Investigations on Bengal jail dietaries - Number 37
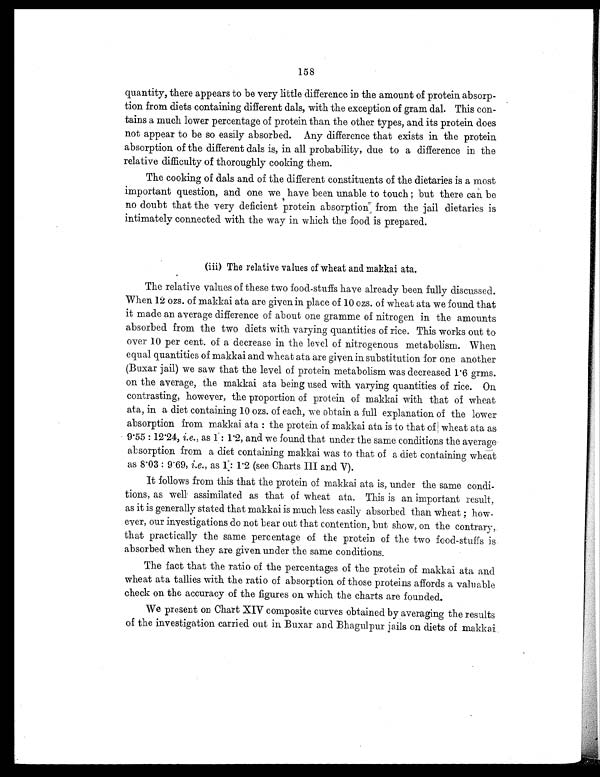
158
quantity, there appears to be very little difference in the amount of protein absorp-
tion from diets containing different dals, with the exception of gram dal. This con-
tains a much lower percentage of protein than the other types, and its protein does
not appear to be so easily absorbed. Any difference that exists in the protein
absorption of the different dals is, in all probability, due to a difference in the
relative difficulty of thoroughly cooking them.
The cooking of dals and of the different constituents of the dietaries is a most
important question, and one we have been unable to touch; but there can be
no doubt that the very deficient protein absorption from the jail dietaries is
intimately connected with the way in which the food is prepared.
(iii) The relative values of wheat and makkai ata.
The relative values of these two food-stuffs have already been fully discussed.
When 12 ozs. of makkai ata are given in place of 10 ozs. of wheat ata we found that
it made an average difference of about one gramme of nitrogen in the amounts
absorbed from the two diets with varying quantities of rice. This works out to
over 10 per cent. of a decrease in the of nitrogenous metabolism. When
equal quantities of makkai and wheat ata are given in substitution for one another
(Buxar jail) we saw that the level of protein metabolism was decreased 1.6 grms.
on the average, the makkai ata being used with varying quantities of rice. On
contrasting, however, the proportion of protein of makkai with that of wheat
ata, in a diet containing 10 ozs. of each, we obtain a full explanation of the lower
absorption from makkai ata : the protein of makkai ata is to that di wheat ata as
9.55: 12.24, i.e., as 1 : 1.2, and we found that under the same conditions the average
absorption from a diet containing makkai was to that of a diet containing wheat
as 8.03: 9.69, i.e., as 1: 1.2 (see Charts III and V).
It follows from this that the protein of makkai ata is, under the same condi-
tions, as well assimilated as that of wheat ata. This is an important result,
as it is generally stated that makkai is much less easily absorbed than wheat how-
ever, our investigations do not bear out that contention, but show, on the contrary,
that practically the same percentage of the protein of the two food-stuffs is
absorbed when they are given under the same conditions.
The fact that the ratio of the percentages of the protein of makkai ata and.
wheat ata tallies with the ratio of absorption of those proteins affords a valuable
check on the accuracy of the figures on which the charts are founded.
We present on Chart XIV composite curves obtained by averaging the results
of the investigation carried out in Buxar and Bhagulpur jails on diets of makkai